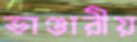
ভাণ্ডারীয়